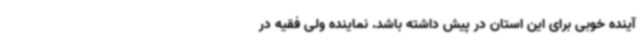
آینده خوبی برای این استان در پیش داشته باشد. نماینده ولی فقیه در